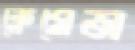
ক্লেমেন্স